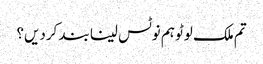
تم ملک لوٹو ہم نوٹس لینا بند کردیں؟